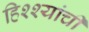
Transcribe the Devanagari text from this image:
हिश्श्यांची